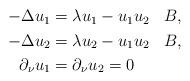
LaTeX: \begin{align*}\begin{aligned}-\Delta u_1 &= \lambda u_1 - u_1u_2&& B,\\-\Delta u_2 &= \lambda u_2 - u_1u_2&& B,\\\partial_\nu u_1&=\partial_\nu u_2=0&& \end{aligned}\end{align*}